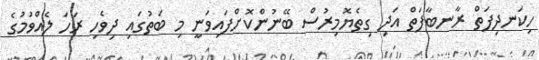
ހިކަނދިފަތް ރާނބާފަތް އަދި ގިތެޔޮމިރުސް ބޭނުންކޮށްފައިވަނީ މި ބަތުގައި ދިވެހި ރަހަ ލެއްވުމުގެ